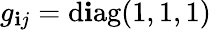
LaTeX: g_{\mathbf{i}j}=\mathrm{{d\mathbf{i}ag}}(1,1,1)